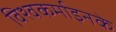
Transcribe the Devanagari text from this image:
विश्वकर्माइनके